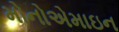
મોનોએમાઇન